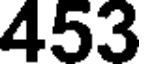
453